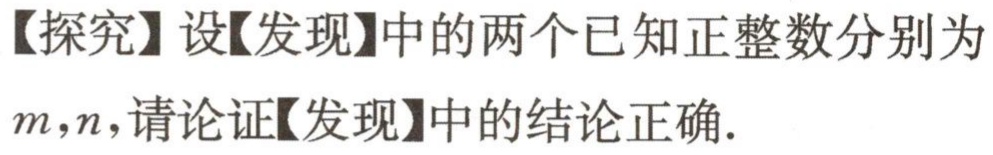
【探究】设【发现】中的两个已知正整数分别为\(m,n\)，请论证【发现】中的结论正确.